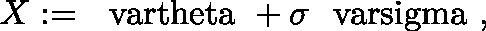
X : = \mathrm { \boldmath ~ \ v a r t h e t a ~ } + \sigma \mathrm { \boldmath ~ \ v a r s i g m a ~ } ,